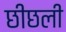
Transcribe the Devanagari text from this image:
छीछली